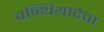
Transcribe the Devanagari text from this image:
वन्थियादेवा